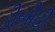
ડીબીટી